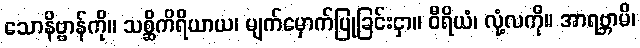
သောနိဗ္ဗာန်ကို။ သစ္ဆိကိရိယာယ၊ မျက်မှောက်ပြုခြင်းငှာ။ ဝီရိယံ၊ လုံ့လကို။ အာရဗ္ဘာမိ၊